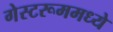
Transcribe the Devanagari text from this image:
गेस्टरूममध्ये